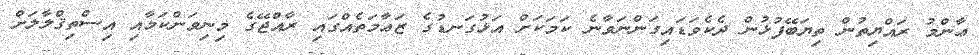
ޢާންމު ރައްޔިތުން ތިޔަބޭފުޅުން ދެކެވަޑައިގަންނަވާނެ ކަމަކަށް އަޅުގަނޑުގެ ޒަޢާމަތެއްގައި ރާއްޖޭގެ މިނިވަންކަމާއި އިސްތިޤްލާލަށް